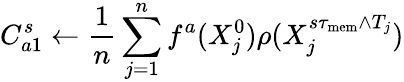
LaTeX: C_{a1}^{s}\gets\frac{1}{n}\sum_{j=1}^{n}f^{a}(X_{j}^{0})\rho(X_{j}^{s\tau_{\mathrm{mem}}\wedge T_{j}})